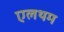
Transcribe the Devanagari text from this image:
एलथम